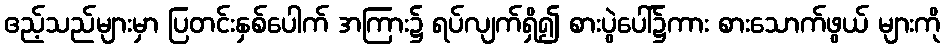
ဧည့်သည်များမှာ ပြတင်းနှစ်ပေါက် အကြား၌ ရပ်လျက်ရှိ၍ စားပွဲပေါ်၌ကား စားသောက်ဖွယ် များကို